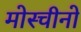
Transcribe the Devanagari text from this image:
मोस्चीनो